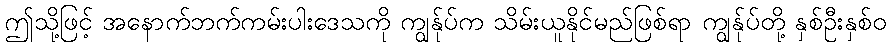
ဤသို့ဖြင့် အနောက်ဘက်ကမ်းပါးဒေသကို ကျွန်ုပ်က သိမ်းယူနိုင်မည်ဖြစ်ရာ ကျွန်ုပ်တို့ နှစ်ဦးနှစ်ဝ